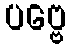
ပဗ္ဗေ